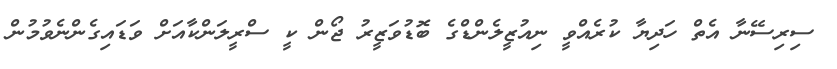
ސިރިސޭނާ އެތް ހަދިޔާ ކުރެއްވީ ނިއުޒީލެންޑްގެ ބޮޑުވަޒީރު ޖޯން ކީ ސްރީލަންކާއަށް ވަޑައިގެންނެވުމުން